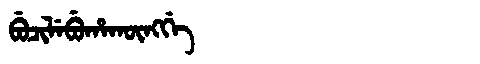
Manchu: ᠪᡠᠴᡳᠯᡝᠪᡠᡥᠠᡴᡡᠩᡤᡝ
Romanization: BUCILEBUHAKŪNGGE